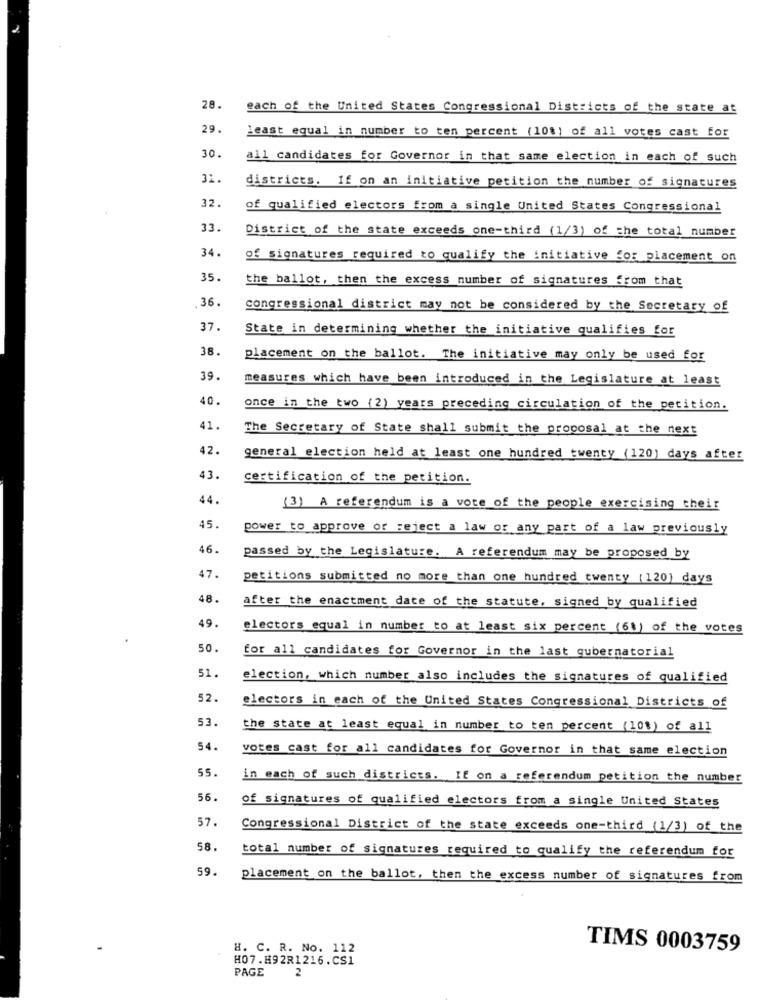
28.
each of the United States Congressional Districts of the state at
29.
least equal in number to ten percent (10%) of all votes cast for
30.
all candidates for Governor in that same election in each of such
31
districts. If on an initiative petition the number of signatures
32.
of qualified electors from a single United States Congressional
33.
District of the state exceeds one-third (1/3) of the total number
34.
of signatures required to qualify the initiative for placement on
35.
the ballot, then the excess number of signatures from that
.36.
congressional district may not be considered by the Secretary of
37.
State in determining whether the initiative qualifies for
38.
placement on the ballot. The initiative may only be used for
39.
measures which have been introduced in the Legislature at least
40.
once in the two (2) years preceding circulation of the petition.
41.
The Secretary of State shall submit the proposal at the next
42.
general election held at least one hundred twenty (120) days after
43.
certification of the petition.
44.
(3) A referendum is a vote of the people exercising their
45.
power to approve or reject a law or any part of a law previously
46.
passed by the Legislature. A referendum may be proposed by
47.
petitions submitted no more than one hundred twenty (120) days
48.
after the enactment date of the statute, signed by qualified
49.
electors equal in number to at least six percent (6%) of the votes
50.
for all candidates for Governor in the last gubernatorial
51.
election, which number also includes the signatures of qualified
52.
electors in each of the United States Congressional Districts of
53.
the state at least equal in number to ten percent (10%) of all
54.
votes cast for all candidates for Governor in that same election
55.
in each of such districts. If on a referendum petition the number
56.
of signatures of qualified electors from a single United States
57.
Congressional District of the state exceeds one-third (1/3) of the
58.
total number of signatures required to qualify the referendum for
59.
placement on the ballot, then the excess number of signatures from
H. C. R. No. 112
TIMS 0003759
H07.H92R1216.CS1
PAGE
2